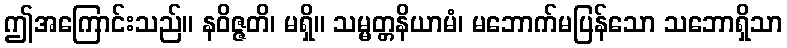
ဤအကြောင်းသည်။ နဝိဇ္ဇတိ၊ မရှိ။ သမ္မတ္တနိယာမံ၊ မဘောက်မပြန်သော သဘောရှိသာ